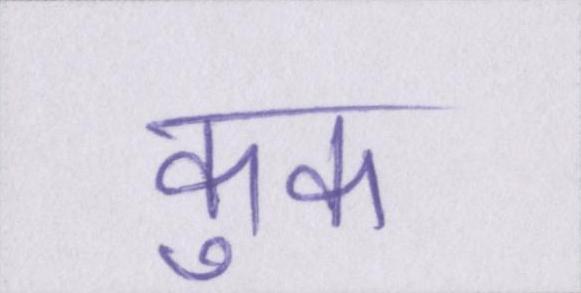
कुक